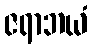
ဇရာဘယံ